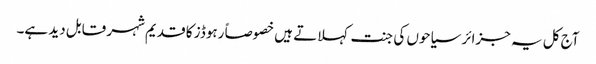
آج کل یہ جزائر سیاحوں کی جنت کہلاتے ہیں خصوصاً رہوڈز کا قدیم شہر قابل دید ہے۔